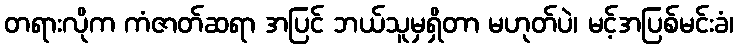
တရားလိုက ကံဇာတ်ဆရာ အပြင် ဘယ်သူမှရှိတာ မဟုတ်ပဲ၊ မင့်အပြစ်မင်းခံ၊